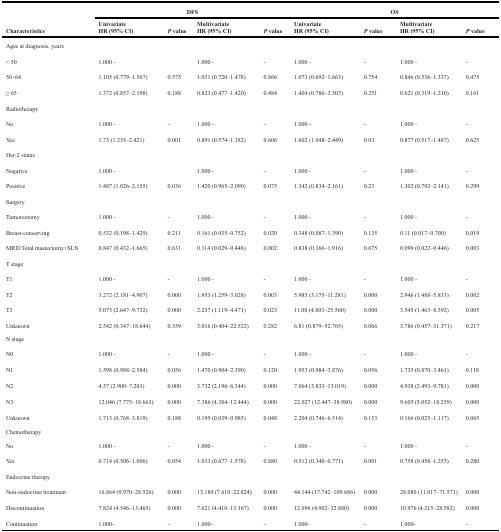
<table><thead><tr><td rowspan="2"><b>Characteristics</b></td><td colspan="4"><b>DFS</b></td><td colspan="4"><b>OS</b></td></tr><tr><td><b>UnivariateHR (95% CI)</b></td><td><b><i>P</i> value</b></td><td><b>MultivariateHR (95% CI)</b></td><td><b><i>P</i> value</b></td><td><b>UnivariateHR (95% CI)</b></td><td><b><i>P</i> value</b></td><td><b>MultivariateHR (95% CI)</b></td><td><b><i>P</i> value</b></td></tr></thead><tbody><tr><td>Ages at diagnosis, years</td><td></td><td></td><td></td><td></td><td></td><td></td><td></td><td></td></tr><tr><td>&lt; 50</td><td>1.000 -</td><td></td><td>1.000 -</td><td>-</td><td>1.000 -</td><td>-</td><td>1.000 -</td><td>-</td></tr><tr><td>50–64</td><td>1.105 (0.779–1.567)</td><td>0.575</td><td>1.031 (0.720–1.478)</td><td>0.866</td><td>1.073 (0.692–1.663)</td><td>0.754</td><td>0.846 (0.536–1.337)</td><td>0.475</td></tr><tr><td>≥ 65</td><td>1.372 (0.857–2.198)</td><td>0.188</td><td>0.823 (0.477–1.420)</td><td>0.484</td><td>1.404 (0.786–2.507)</td><td>0.251</td><td>0.621 (0.319–1.210)</td><td>0.161</td></tr><tr><td>Radiotherapy</td><td></td><td></td><td></td><td></td><td></td><td></td><td></td><td></td></tr><tr><td>No</td><td>1.000 -</td><td>-</td><td>1.000 -</td><td>-</td><td>1.000 -</td><td>-</td><td>1.000 -</td><td>-</td></tr><tr><td>Yes</td><td>1.73 (1.235–2.421)</td><td>0.001</td><td>0.891 (0.574–1.382)</td><td>0.606</td><td>1.602 (1.048–2.449)</td><td>0.03</td><td>0.877 (0.517–1.487)</td><td>0.625</td></tr><tr><td>Her-2 status</td><td></td><td></td><td></td><td></td><td></td><td></td><td></td><td></td></tr><tr><td>Negative</td><td>1.000 -</td><td></td><td>1.000 -</td><td>-</td><td>1.000 -</td><td>-</td><td>1.000 -</td><td>-</td></tr><tr><td>Positive</td><td>1.487 (1.026–2.155)</td><td>0.036</td><td>1.420 (0.965–2.090)</td><td>0.075</td><td>1.342 (0.834–2.161)</td><td>0.23</td><td>1.302 (0.792–2.141)</td><td>0.299</td></tr><tr><td>Surgery</td><td></td><td></td><td></td><td></td><td></td><td></td><td></td><td></td></tr><tr><td>Tumorectomy</td><td>1.000 -</td><td>-</td><td>1.000 -</td><td>-</td><td>1.000 -</td><td>-</td><td>1.000 -</td><td>-</td></tr><tr><td>Breast-conserving</td><td>0.532 (0.198–1.429)</td><td>0.211</td><td>0.161 (0.035–0.752)</td><td>0.020</td><td>0.348 (0.087–1.390)</td><td>0.135</td><td>0.11 (0.017–0.700)</td><td>0.019</td></tr><tr><td>MRD/Total mastectomy+SLN</td><td>0.847 (0.432–1.665)</td><td>0.631</td><td>0.114 (0.029–0.448)</td><td>0.002</td><td>0.838 (0.366–1.916)</td><td>0.675</td><td>0.099 (0.022–0.446)</td><td>0.003</td></tr><tr><td>T stage</td><td></td><td></td><td></td><td></td><td></td><td></td><td></td><td></td></tr><tr><td>T1</td><td>1.000 -</td><td>-</td><td>1.000 -</td><td>-</td><td>1.000 -</td><td>-</td><td>1.000 -</td><td>-</td></tr><tr><td>T2</td><td>3.272 (2.181–4.907)</td><td>0.000</td><td>1.953 (1.259–3.028)</td><td>0.003</td><td>5.985 (3.175–11.281)</td><td>0.000</td><td>2.946 (1.488–5.833)</td><td>0.002</td></tr><tr><td>T3</td><td>5.075 (2.647–9.732)</td><td>0.000</td><td>2.237 (1.119–4.471)</td><td>0.023</td><td>11.08 (4.803–25.560)</td><td>0.000</td><td>3.545 (1.463–8.592)</td><td>0.005</td></tr><tr><td>Unknown</td><td>2.542 (0.347–18.644)</td><td>0.359</td><td>3.016 (0.404–22.522)</td><td>0.282</td><td>6.81 (0.879–52.765)</td><td>0.066</td><td>3.786 (0.457–31.371)</td><td>0.217</td></tr><tr><td>N stage</td><td></td><td></td><td></td><td></td><td></td><td></td><td></td><td></td></tr><tr><td>N0</td><td>1.000 -</td><td>-</td><td>1.000 -</td><td>-</td><td>1.000 -</td><td>-</td><td>1.000 -</td><td>-</td></tr><tr><td>N1</td><td>1.598 (0.988–2.584)</td><td>0.056</td><td>1.470 (0.904–2.390)</td><td>0.120</td><td>1.953 (0.984–3.876)</td><td>0.056</td><td>1.735 (0.870–3.461)</td><td>0.118</td></tr><tr><td>N2</td><td>4.57 (2.900–7.203)</td><td>0.000</td><td>3.732 (2.196–6.344)</td><td>0.000</td><td>7.064 (3.833–13.019)</td><td>0.000</td><td>4.938 (2.493–9.781)</td><td>0.000</td></tr><tr><td>N3</td><td>12.046 (7.775–18.663)</td><td>0.000</td><td>7.386 (4.384–12.444)</td><td>0.000</td><td>22.027 (12.447–38.980)</td><td>0.000</td><td>9.605 (5.052–18.259)</td><td>0.000</td></tr><tr><td>Unknown</td><td>1.713 (0.768–3.819)</td><td>0.188</td><td>0.195 (0.039–0.985)</td><td>0.048</td><td>2.204 (0.746–6.514)</td><td>0.153</td><td>0.166 (0.025–1.117)</td><td>0.065</td></tr><tr><td>Chemotherapy</td><td></td><td></td><td></td><td></td><td></td><td></td><td></td><td></td></tr><tr><td>No</td><td>1.000 -</td><td>-</td><td>1.000 -</td><td>-</td><td>1.000 -</td><td>-</td><td>1.000 -</td><td>-</td></tr><tr><td>Yes</td><td>0.714 (0.506–1.006)</td><td>0.054</td><td>1.033 (0.677–1.578)</td><td>0.880</td><td>0.512 (0.340–0.771)</td><td>0.001</td><td>0.758 (0.458–1.253)</td><td>0.280</td></tr><tr><td>Endocrine therapy</td><td></td><td></td><td></td><td></td><td></td><td></td><td></td><td></td></tr><tr><td>Non-endocrine treatment</td><td>16.864 (9.970–28.526)</td><td>0.000</td><td>13.180 (7.610–22.824)</td><td>0.000</td><td>44.144 (17.742–109.686)</td><td>0.000</td><td>28.080 (11.017–71.571)</td><td>0.000</td></tr><tr><td>Discontinuation</td><td>7.824 (4.546–13.465)</td><td>0.000</td><td>7.621 (4.410–13.167)</td><td>0.000</td><td>12.696 (4.902–32.880)</td><td>0.000</td><td>10.976 (4.215–28.582)</td><td>0.000</td></tr><tr><td>Continuation</td><td>1.000-</td><td>-</td><td>1.000-</td><td>-</td><td>1.000-</td><td>-</td><td>1.000-</td><td>-</td></tr></tbody></table>